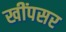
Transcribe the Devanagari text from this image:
खींपसर